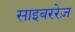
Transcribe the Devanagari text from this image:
साइबररेज़